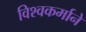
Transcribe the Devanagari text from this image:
विश्वकर्माने